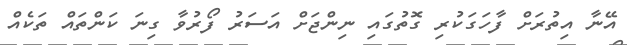
އޭނާ އިތުރަށް ފާހަގަކުރި ގޮތުގައި ނިންޖަށް އަސަރު ފޯރުވާ ގިނަ ކަންތައް ތަކެއް